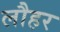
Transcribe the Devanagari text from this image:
लौहर